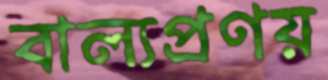
বাল্যপ্রণয়